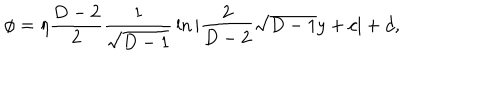
LaTeX: \phi = \eta { \frac { D - 2 } { 2 } } { \frac { 1 } { \sqrt { D - 1 } } } \ln | { \frac { 2 } { D - 2 } } \sqrt { D - 1 } y + c | + d ,